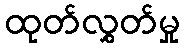
ထုတ်လွှတ်မှု